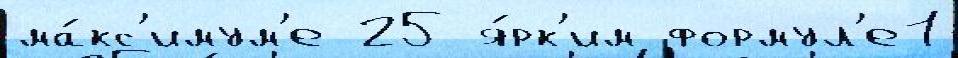
ма́кс'имум'е 25 я́рк'им формул'е1